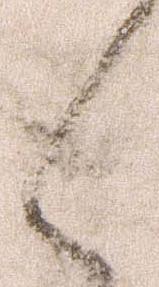
く